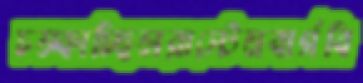
চম্‌কাচ্ছিলরাস্টেনবার্গবি